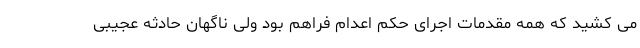
می کشید که همه مقدمات اجرای حکم اعدام فراهم بود ولی ناگهان حادثه عجیبی